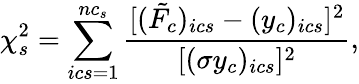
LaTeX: \chi_{s}^{2}=\sum_{ics=1}^{nc_{s}}\frac{[(\tilde{F_{c}})_{ics}-(y_{c})_{ics}]^{2}}{[(\sigma y_{c})_{ics}]^{2}},